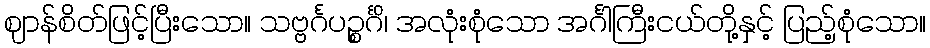
ဈာန်စိတ်ဖြင့်ပြီးသော။ သဗ္ဗင်္ဂပဉ္စင်္ဂိ၊ အလုံးစုံသော အင်္ဂါကြီးငယ်တို့နှင့် ပြည့်စုံသော။